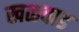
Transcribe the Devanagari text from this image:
खळवाड